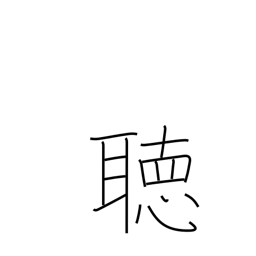
Meaning: listen